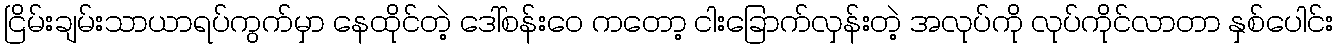
ငြိမ်းချမ်းသာယာရပ်ကွက်မှာ နေထိုင်တဲ့ ဒေါ်စန်းဝေ ကတော့ ငါးခြောက်လှန်းတဲ့ အလုပ်ကို လုပ်ကိုင်လာတာ နှစ်ပေါင်း